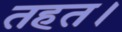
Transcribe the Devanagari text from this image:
तहत।